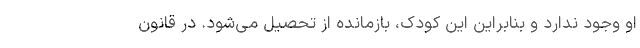
او وجود ندارد و بنابراین این کودک، بازمانده از تحصیل می‌شود. در قانون